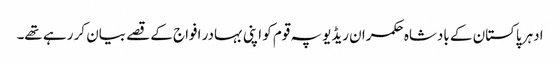
ادہر پاکستان کے بادشاہ حکمران ریڈیو پہ قوم کو اپنی بہادر افواج کے قصے بیان کر رہے تھے۔